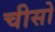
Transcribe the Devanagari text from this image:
चीसो